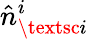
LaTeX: \hat{n}_{\textsc{i}}^{i}